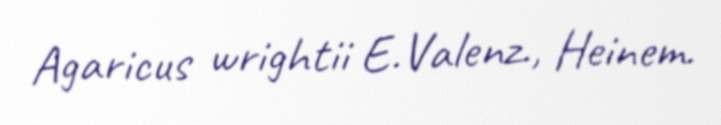
Agaricus wrightii E.Valenz., Heinem.